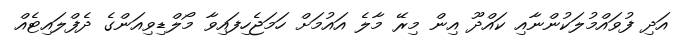
އަދި ފުވައްމުލަކުންނާއި ކައްދޫ އިން މިރޭ މާލެ އައުމަށް ހަމަޖެހިފައިވާ މޯލްޑިވިއަންގެ ދެފްލައިޓެއް